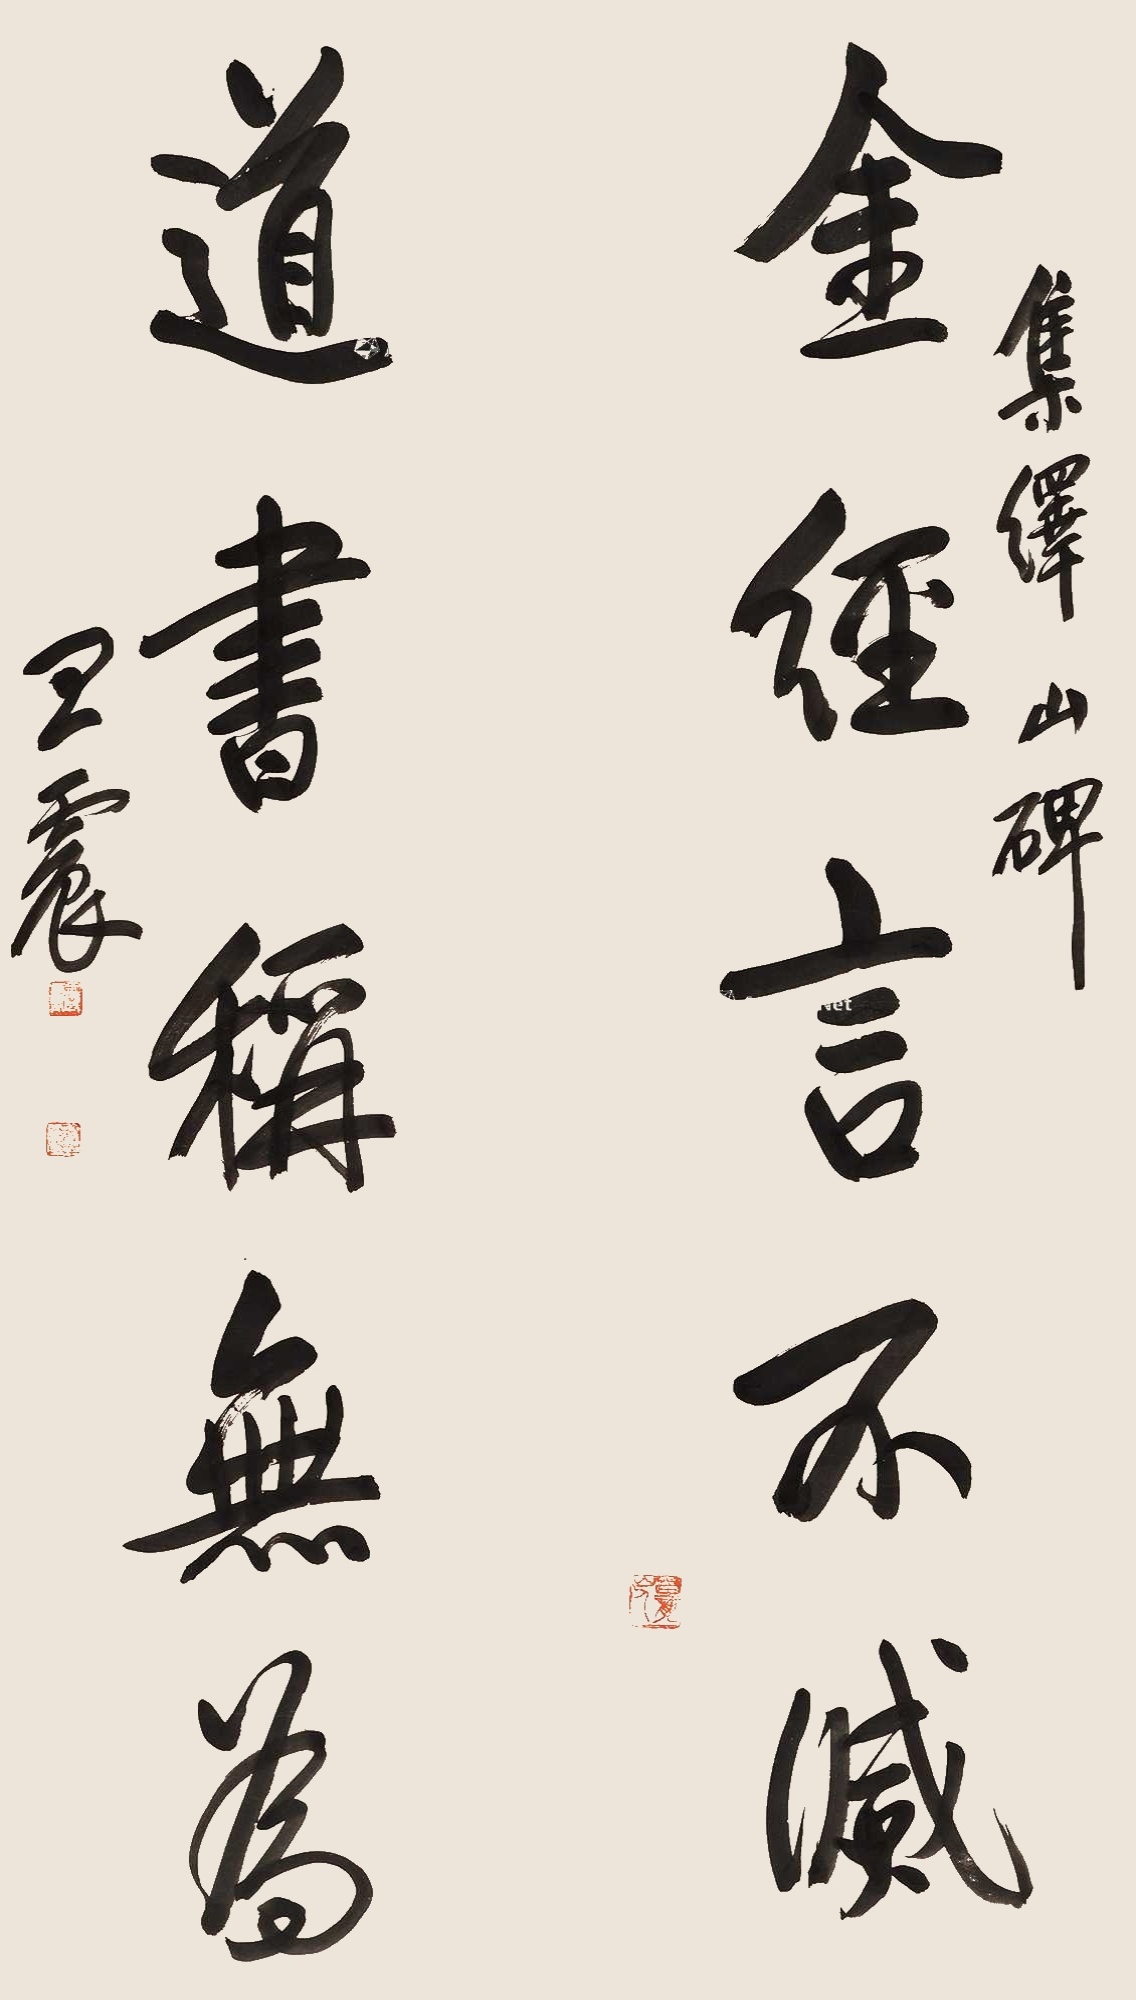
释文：金经言不灭，道书称无为。集峄山碑，王震。